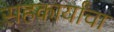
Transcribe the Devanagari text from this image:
सहकार्यांचा